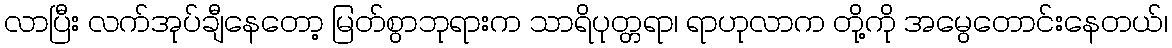
လာပြီး လက်အုပ်ချီနေတော့ မြတ်စွာဘုရားက သာရိပုတ္တရာ၊ ရာဟုလာက တို့ကို အမွေတောင်းနေတယ်၊